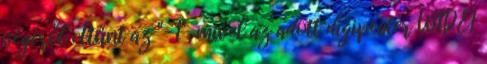
végéről eltűnt az "-1", mivel az adott digipeater WIDE1